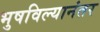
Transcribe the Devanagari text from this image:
भुषविल्यानंतर